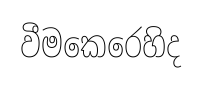
වීමකෙරෙහිද